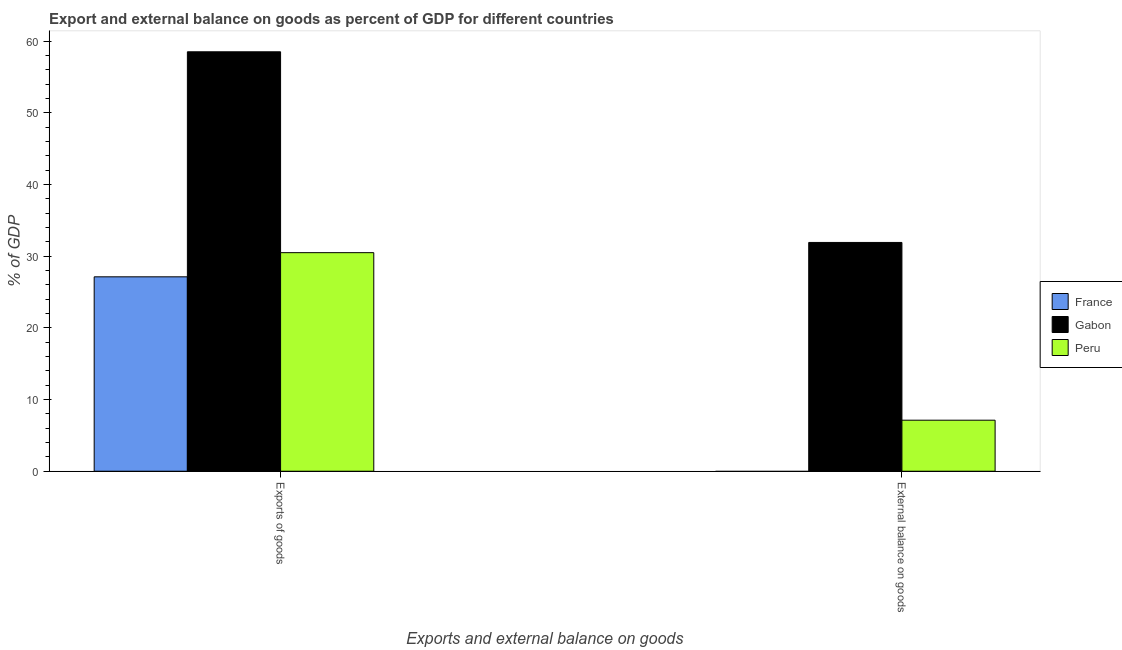
| Exports and external balance on goods | France | Gabon | Peru |
 | --- | --- | --- | --- |
 | Exports of goods | 27.1 | 58.5 | 30.5 |
 | External balance on goods | -1.29 | 31.9 | 7.12 |